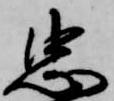
忠